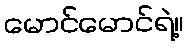
မောင်မောင်ရဲ့။